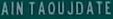
AINTAOUJDATEE